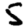
Digit: 5